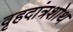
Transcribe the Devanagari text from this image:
वृहदांत्रशोथ